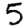
Digit: 5